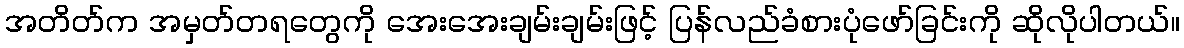
အတိတ်က အမှတ်တရတွေကို အေးအေးချမ်းချမ်းဖြင့် ပြန်လည်ခံစားပုံဖော်ခြင်းကို ဆိုလိုပါတယ်။